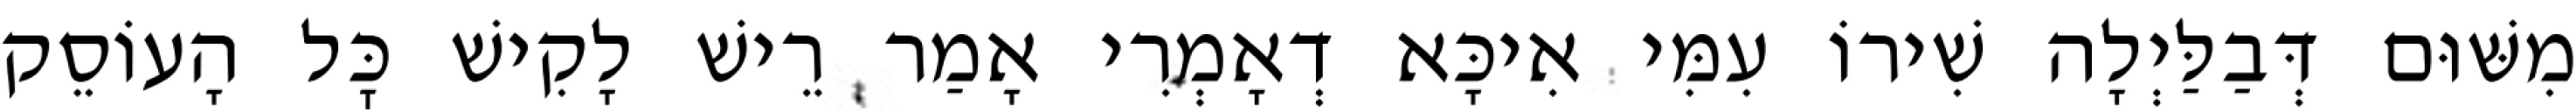
מִשּׁוּם דְּבַלַּיְלָה שִׁירוֹ עִמִּי אִיכָּא דְאָמְרִי אָמַר רֵישׁ לָקִישׁ כׇּל הָעוֹסֵק